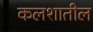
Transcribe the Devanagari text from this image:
कलशातील